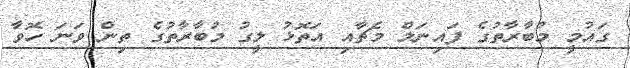
ގައުމީ މުބާރާތުގެ ފައިނަލް މެޗާއި އަތޮޅު ލީގު މުބާރާތުގެ ތިން ވަނަ ހޮވާ